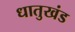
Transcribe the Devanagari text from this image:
धातुखंड